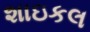
શાઇકલ